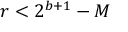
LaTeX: r < 2 ^ { b + 1 } - M